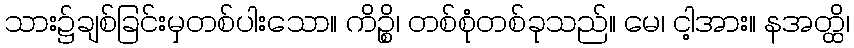
သား၌ချစ်ခြင်းမှတစ်ပါးသော။ ကိဉ္စိ၊ တစ်စုံတစ်ခုသည်။ မေ၊ ငါ့အား။ နအတ္ထိ၊